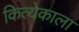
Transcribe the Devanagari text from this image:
कित्येकाला